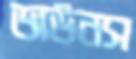
ডাউনস